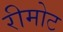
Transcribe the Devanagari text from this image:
रीमोट